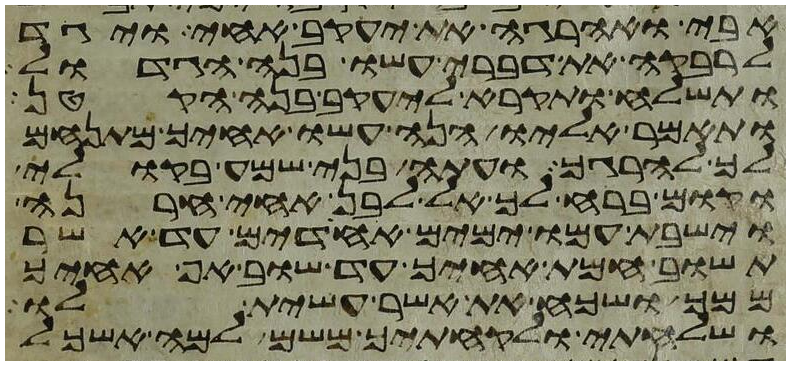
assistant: אבי ואהרגה את יעקב אחי ויגד
לרבקה את דברי עשו בנה הגדול
ותשלח ותקרא ליעקב בנה הקטן
ותאמר אליו הנה עשו אחיך מתנחם
לך להרגך ועתה בני שמע בקולי
וקום ברח לך אל לבן אחי חרנה
וישבת עמו ימים אחדים עד אשר
תשוב חמת אחיך עד שוב אף אחיך
ממך ושכח את אשר עשית לו
ושלחתי ולקחתיך משם למה אשכל